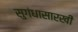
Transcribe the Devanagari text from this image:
सुगंधासारखी